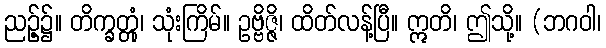
ညဉ့်၌။ တိက္ခတ္တုံ၊ သုံးကြိမ်။ ဥဗ္ဗိဇ္ဇိ၊ ထိတ်လန့်ပြီ။ ဣတိ၊ ဤသို့။ (ဘဂဝါ၊